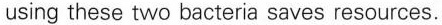
using these two bacteria saves resources.